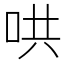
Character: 哄